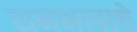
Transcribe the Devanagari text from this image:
समभावाचे